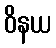
ဝိနယ